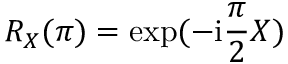
R _ { X } ( \pi ) = \exp ( - \mathrm { i } \frac { \pi } { 2 } X )